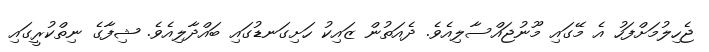
ޖެހިލުމަށްފަހު އެ މޭގައި މޫނުޖައްސާލިއެވެ. ދެއަތުން ޒައިކު ހަށިގަނޑުގައި ބައްދާލިއެވެ. ޝިފާގެ ނިތްކުރީގައި